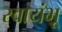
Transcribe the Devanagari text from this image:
स्वायंभू